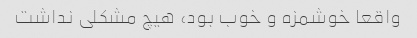
واقعا خوشمزه و خوب بود، هیچ مشکلی نداشت